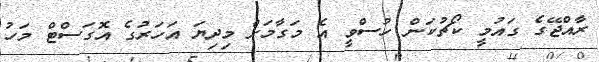
ރާއްޖޭގެ ގައުމީ ކޯޗުކަން ހުސްވީ އެ މަގާމަށް މިދިޔަ އަހަރުގެ އޮގަސްޓް މަހު